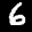
Label: 6